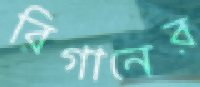
রিগানের